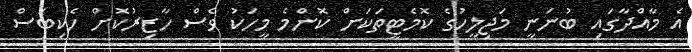
އެ މާއްދާގައި ބުނަނީ މަޖިލީހުގެ ކޮމެޓީތަކަށް ކޮންމެ މީހަކު ވެސް ހާޒިރުކޮށް ހެކިބަސް